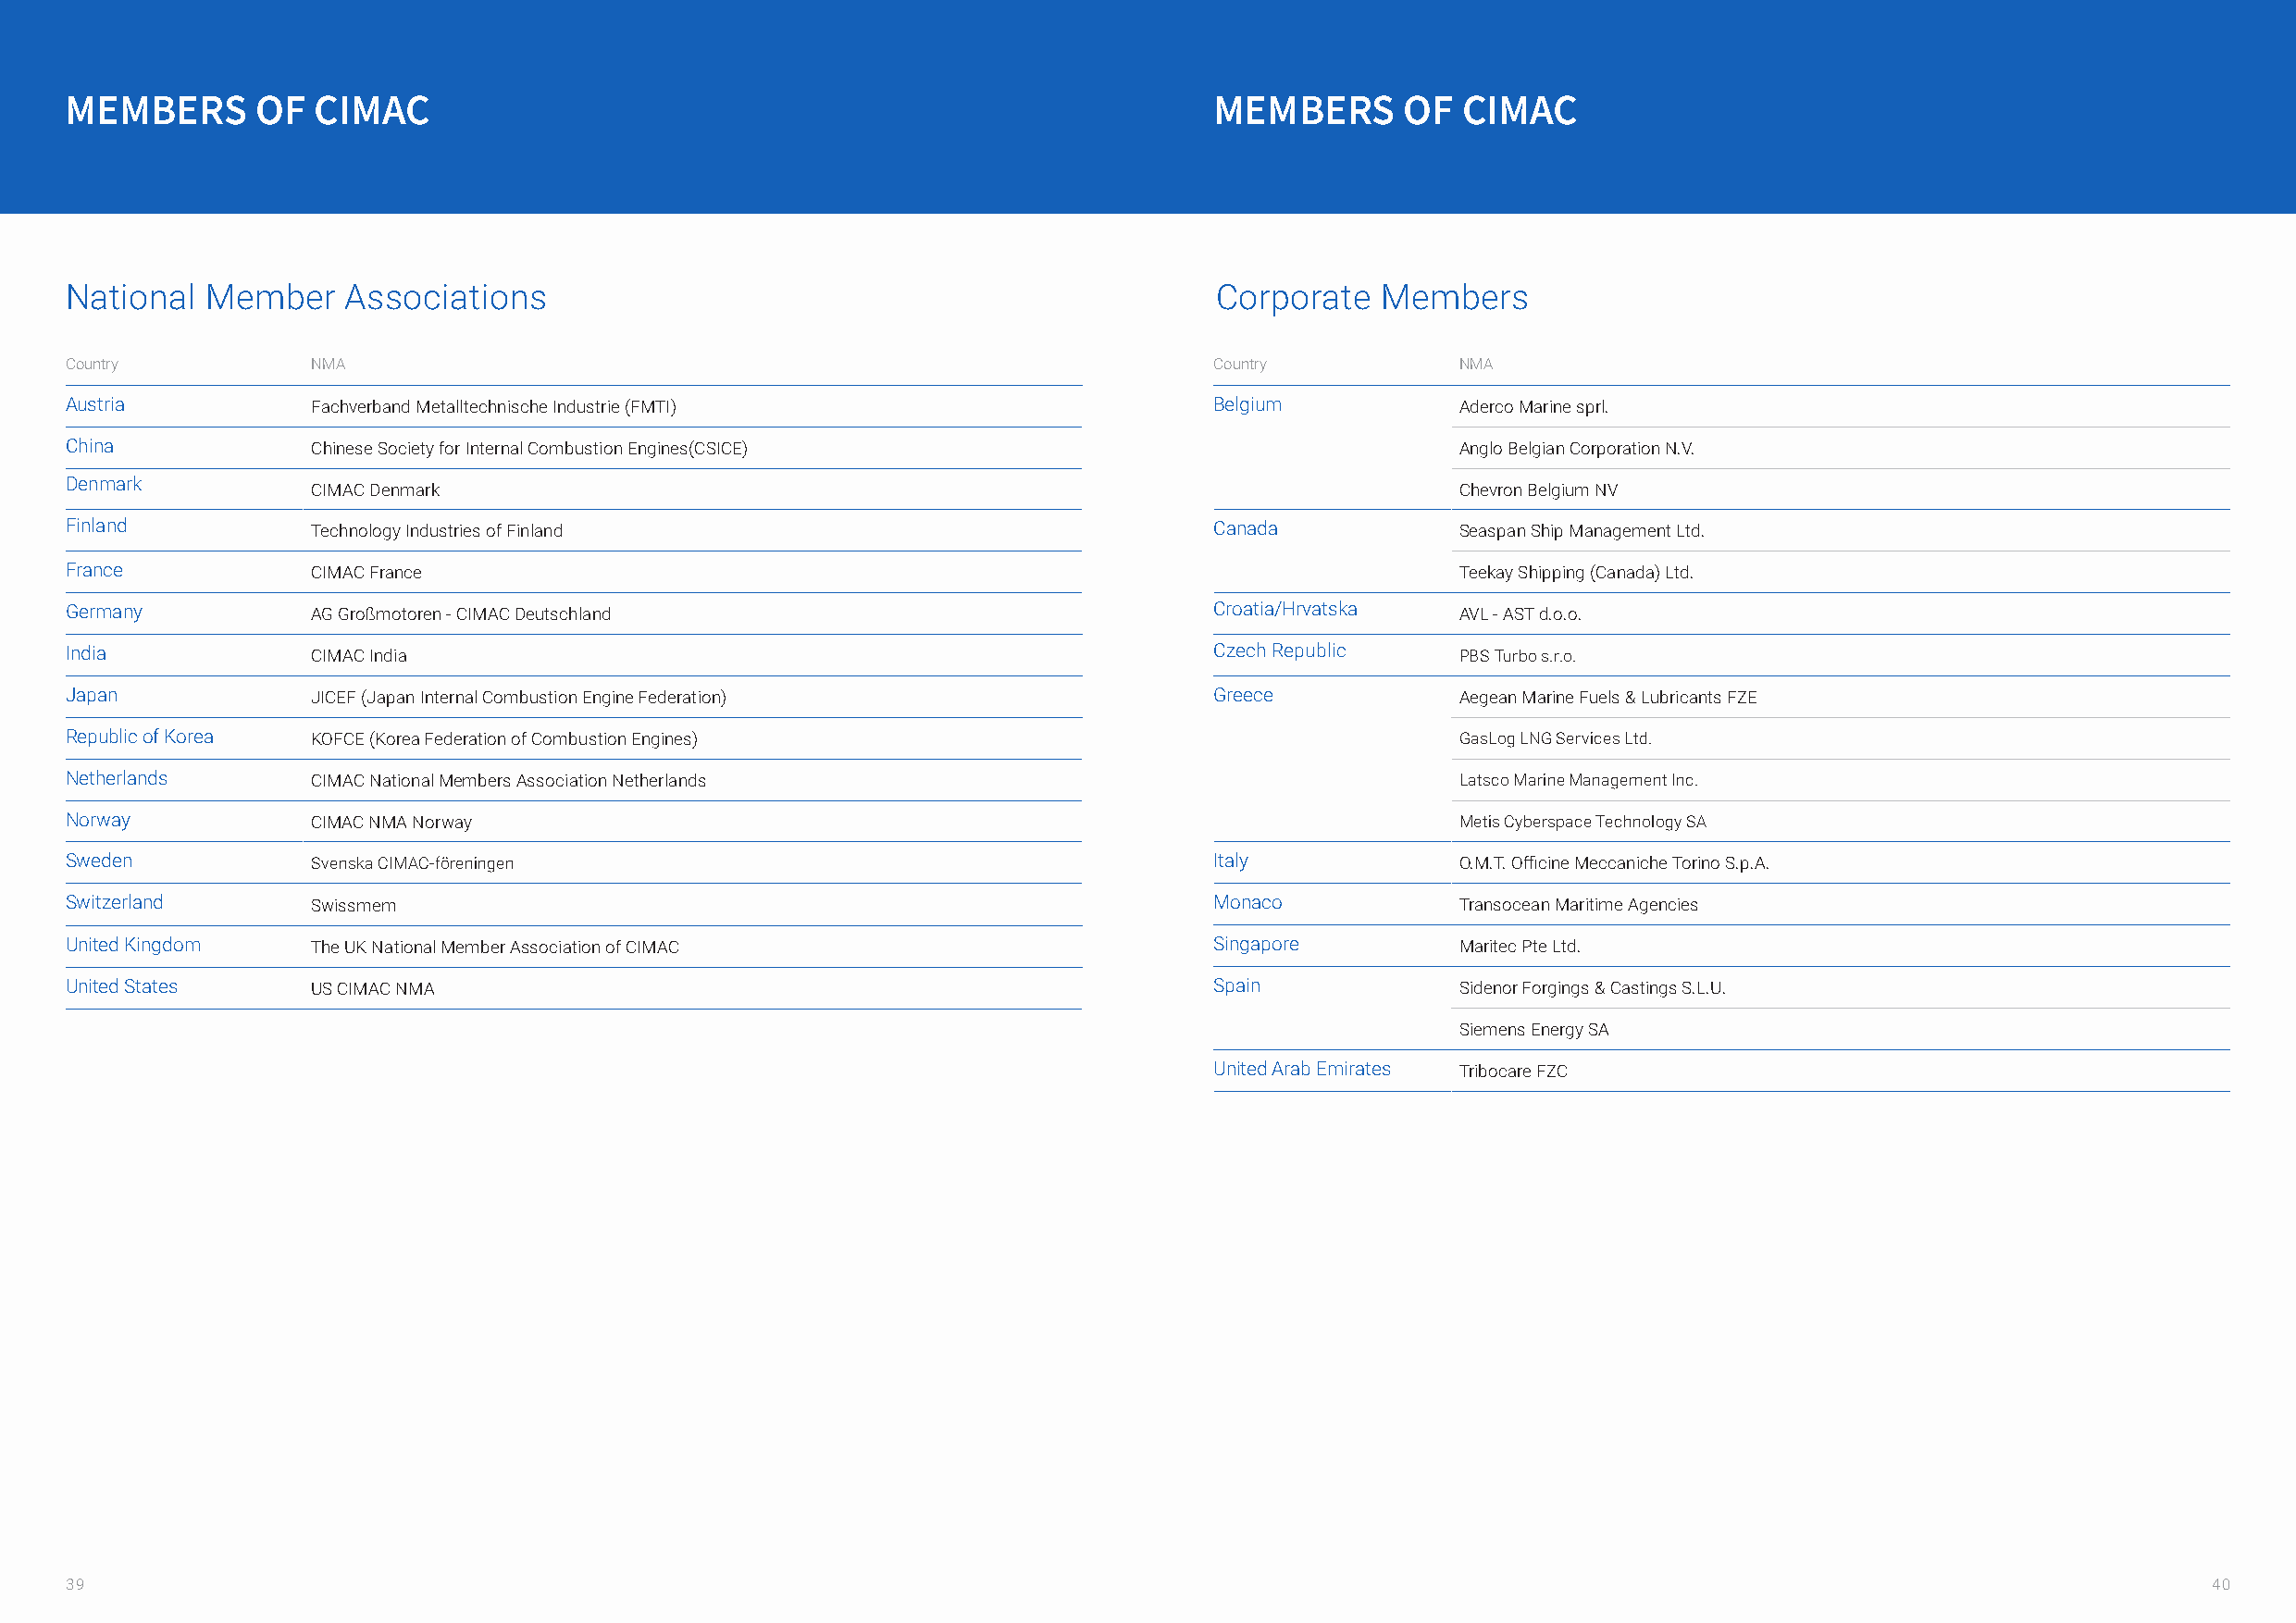
MEMBERS      OF  CIMAC                                                            MEMBERS      OF   CIMAC
 National  Member    Associations                                                  Corporate   Members
 Country          NMA                                                              Country          NMA
 Austria          Fachverband Metalltechnische Industrie (FMTI)                    Belgium          Aderco Marine sprl.
 China            Chinese Society for Internal Combustion Engines(CSICE)                            Anglo Belgian Corporation N.V.
 Denmark
 CIMAC Denmark                                                                     Chevron Belgium NV
 Finland          Technology Industries of Finland                                 Canada           Seaspan Ship Management Ltd.
 France           CIMAC France                                                                      Teekay Shipping (Canada) Ltd.
 Germany          AG Großmotoren - CIMAC Deutschland                               Croatia/Hrvatska AVL - AST d.o.o.
 India            CIMAC India                                                      Czech Republic   PBS Turbo s.r.o.
 Japan            JICEF (Japan Internal Combustion Engine Federation)              Greece           Aegean Marine Fuels & Lubricants FZE
 Republic of Korea KOFCE (Korea Federation of Combustion Engines)                                   GasLog LNG Services Ltd.
 Netherlands      CIMAC National Members Association Netherlands                                    Latsco Marine Management Inc.
 Norway           CIMAC NMA Norway                                                                  Metis Cyberspace Technology SA
 Sweden           Svenska CIMAC-föreningen                                         Italy            O.M.T. Officine Meccaniche Torino S.p.A.
 Switzerland      Swissmem                                                         Monaco           Transocean Maritime Agencies
 United Kingdom   The UK National Member Association of CIMAC                      Singapore        Maritec Pte Ltd.
 United States    US CIMAC NMA                                                     Spain            Sidenor Forgings & Castings S.L.U.
 Siemens Energy SA
 United Arab Emirates Tribocare FZC
 39                                                                                                                                                       40